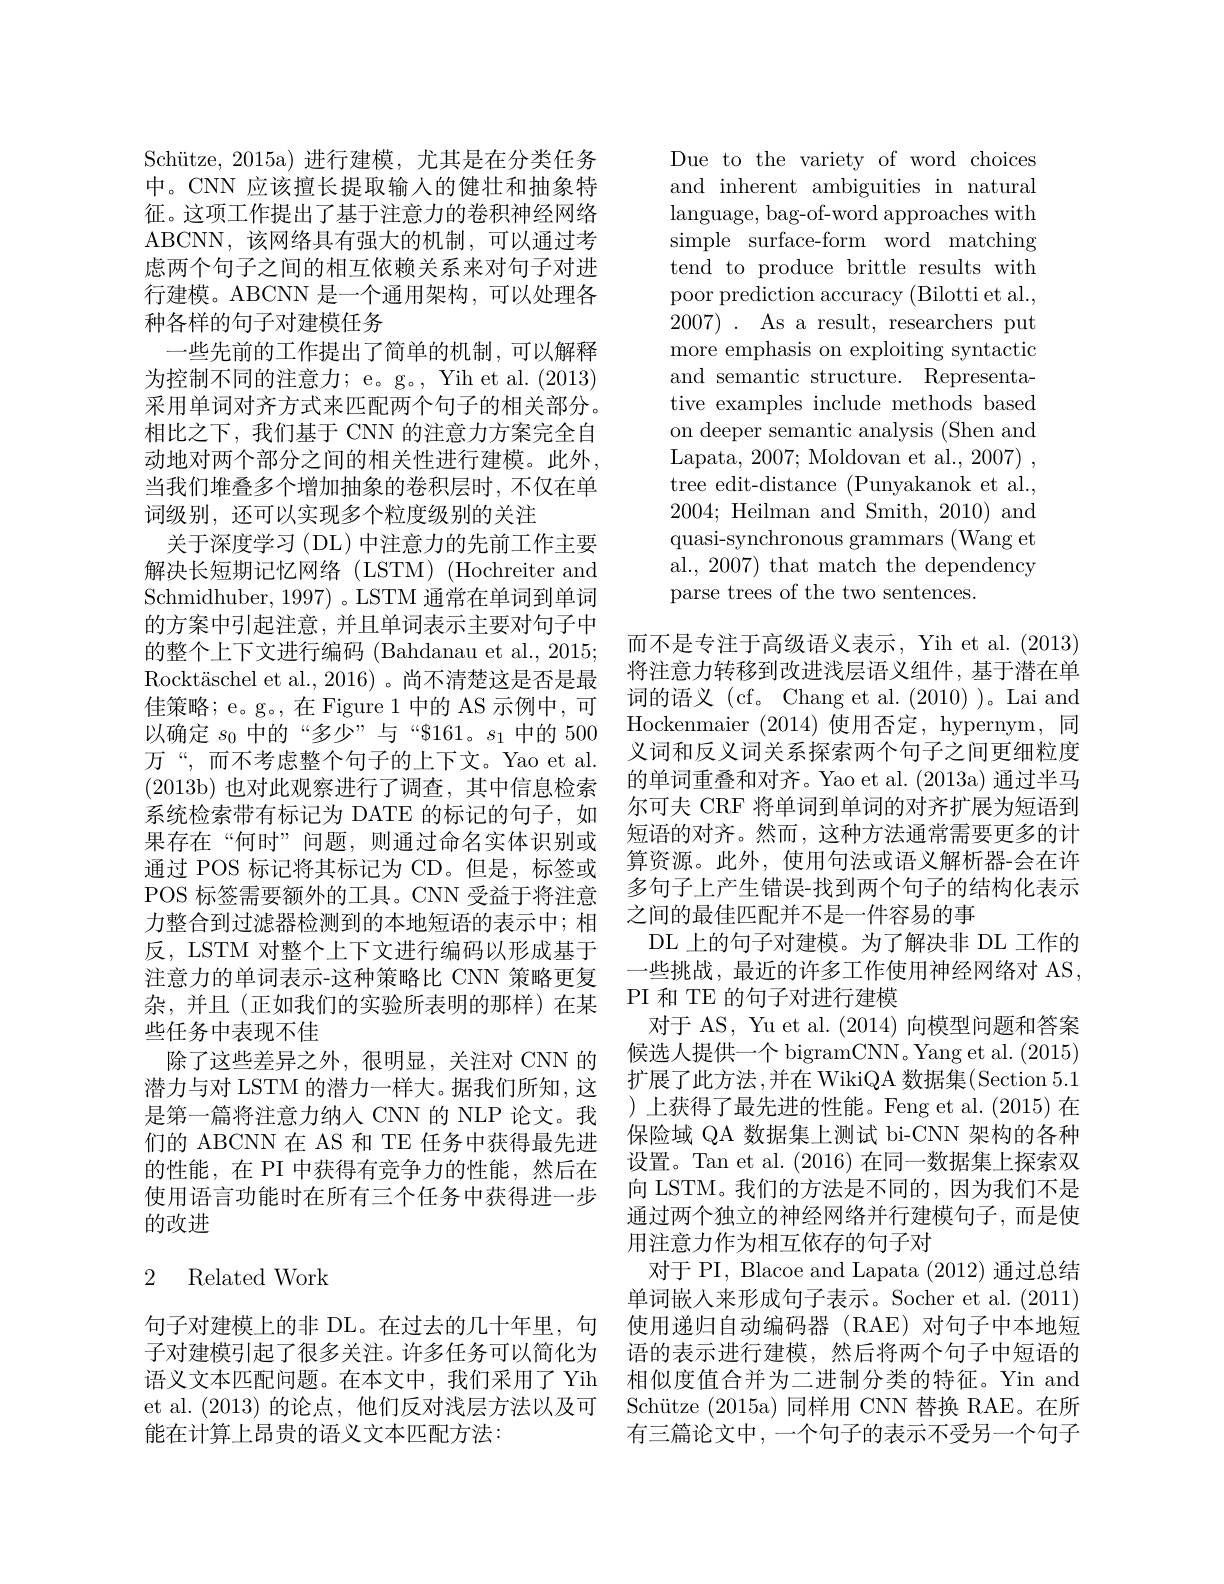
Schütze, 2015a)进行建模，尤其是在分类任务中。CNN 应该擅长提取输入的健壮和抽象特征。这项工作提出了基于注意力的卷积神经网络ABCNN,该网络具有强大的机制，可以通过考虑两个句子之间的相互依赖关系来对句子对进行建模。ABCNN 是一个通用架构，可以处理各种各样的句子对建模任务
一些先前的工作提出了简单的机制，可以解释为控制不同的注意力；e。g。, Yih et al. (2013) 采用单词对齐方式来匹配两个句子的相关部分。相比之下，我们基于 CNN 的注意力方案完全自动地对两个部分之间的相关性进行建模。此外， 当我们堆叠多个增加抽象的卷积层时，不仅在单词级别，还可以实现多个粒度级别的关注
关于深度学习(DL)中注意力的先前工作主要解决长短期记忆网络(LSTM)(Hochreiterand Schmidhuber, 1997) 。LSTM 通常在单词到单词的方案中引起注意，并且单词表示主要对句子中的整个上下文进行编码 (Bahdanau et al., 2015; Rockt$\" {a}$schel et al. , 2016) 。尚 不 清 楚 这 是 否 是 最 佳策略；e。g。, 在 Figure 1 中的 AS 示例中，可以确定$s_0$中的“多少”与“$161。$s_1$中的 500万“,而不考虑整个句子的上下文。Yao et al. (2013b)也对此观察进行了调查，其中信息检索系统检索带有标记为 DATE 的标记的句子，如果存在“何时”问题，则通过命名实体识别或通过 POS 标记将其标记为 CD。但是，标签或POS 标签需要额外的工具。CNN 受益于将注意力整合到过滤器检测到的本地短语的表示中；相反，LSTM 对整个上下文进行编码以形成基于注意力的单词表示-这种策略比 CNN 策略更复杂，并且(正如我们的实验所表明的那样)在某些任务中表现不佳
除了这些差异之外，很明显，关注对 CNN 的潜力与对 LSTM 的潜力一样大。据我们所知，这是第一篇将注意力纳人 CNN 的 NLP 论文。我们的 ABCNN 在 AS 和 TE 任务中获得最先进的性能，在 PI 中获得有竞争力的性能，然后在使用语言功能时在所有三个任务中获得进一步的改进

### 2 Related Work

能在计算上昂贵的语义文本匹配方法：

Due to the variety of word choices and inherent ambiguities in natural language, bag-of-word approaches with simple surface-form word matching tend to produce brittle results with poor prediction accuracy (Bilotti et al., 2007). As a result, researchers put more emphasis on exploiting syntactic and semantic structure. Representative examples include methods based on deeper semantic analysis (Shen and Lapata, 2007; Moldovan et al., 2007) , tree edit-distance (Punyakanok et al., 2004; Heilman and Smith, 2010) and quasi-synchronous grammars (Wang et al., 2007) that match the dependency parse trees of the two sentences.

而不是专注于高级语义表示，Yih et al. (2013) 将注意力转移到改进浅层语义组件，基于潜在单词的语义 (cf。Chang et al. (2010) )。Lai and Hockenmaier (2014)使用否定，hypernym, 同义词和反义词关系探索两个句子之间更细粒度的单词重叠和对齐。Yao et al. (2013a) 通过半马尔可夫 CRF 将单词到单词的对齐扩展为短语到短语的对齐。然而，这种方法通常需要更多的计算资源。此外，使用句法或语义解析器-会在许多句子上产生错误-找到两个句子的结构化表示之间的最佳匹配并不是一件容易的事
DL 上的句子对建模。为了解决非 DL 工作的一些挑战，最近的许多工作使用神经网络对 AS, PI 和 TE 的句子对进行建模
对于 AS, Yu et al. (2014)向模型问题和答案候选人提供一个 bigramCNN。Yang et al. (2015) 扩展了此方法，并在 WikiQA 数据集(Section 5.1 )上获得了最先进的性能。Feng et al.(2015)在保险域 QA 数据集上测试 bi-CNN 架构的各种设置。Tan et al. (2016)在同一数据集上探索双向 LSTM。我们的方法是不同的，因为我们不是通过两个独立的神经网络并行建模句子，而是使用注意力作为相互依存的句子对
对于 PI, Blacoe and Lapata (2012)通过总结单词嵌入来形成句子表示。Socher et al. (2011)
句子对建模上的非 DL。在过去的几十年里，句 使用递归自动编码器(RAE)对句子中本地短子对建模引起了很多关注。许多任务可以简化为 语的表示进行建模，然后将两个句子中短语的语义文本匹配问题。在本文中，我们采用了 Yih 相似度值合并为二进制分类的特征。Yin and et al.(2013) 的论点，他们反对浅层方法以及可 Schütze (2015a) 同样用 CNN 替换 RAE。在所
有三篇论文中，一个句子的表示不受另一个句子